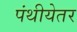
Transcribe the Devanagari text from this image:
पंथीयेतर